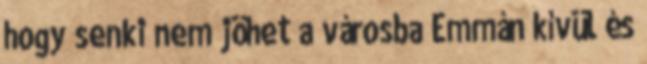
hogy senki nem jöhet a városba Emmán kívül és